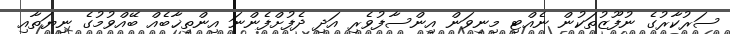
ސަރުކާރުގެ ނުފޫޒުތަކުން ނެއްޓި މިނިވަން އިންސާފުވެރި އަދި ދެފުށްފެންނަ އިންތިޚާބެއް ބޭއްވުމުގެ ނިޔަތާއި